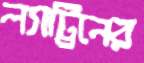
ল্যাট্রিনের